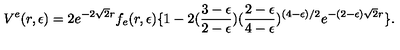
V ^ { e } ( r , \epsilon ) = 2 e ^ { - 2 \sqrt 2 r } f _ { e } ( r , \epsilon ) \{ 1 - 2 ( { \frac { 3 - \epsilon } { 2 - \epsilon } } ) ( { \frac { 2 - \epsilon } { 4 - \epsilon } } ) ^ { ( 4 - \epsilon ) / 2 } e ^ { - ( 2 - \epsilon ) \sqrt 2 r } \} .